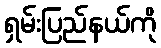
ရှမ်းပြည်နယ်ကို